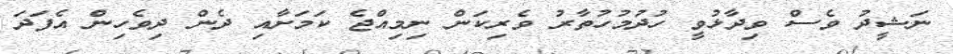
ނަޝީދު ވެސް ވިދާޅުވީ ހުދުމުހުތާރު ވެރިކަން ނިމިއްޖެ ކަމަށާއި ދެން ދިވެހިން އެފަދަ